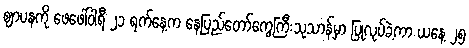
ဈာပနကို ဖေဖေါ်ဝါရီ ၂၁ ရက်နေ့က နေပြည်တော်ကွေ့ကြီးသုသာန်မှာ ပြုလုပ်ခဲ့ကာ ယနေ့ ၂၅